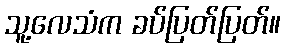
သူ့လေသံက ခပ်ပြတ်ပြတ်။